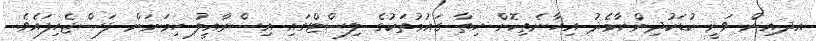
އދއިން ވަނީ ކުޑަކުދިންނާމެދު އިހާނެތިކޮށް ހިތާ ގައުމުތަކުގެ ލިސްޓްގައި އިސްރާއީލު ހިމަނަން ފަސްޖެހިފައެވެ.